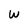
Character: W